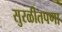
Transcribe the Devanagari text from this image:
सुरळीतपणा